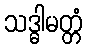
သဒ္ဓါမတ္တံ